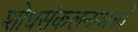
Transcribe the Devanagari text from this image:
शोधसंकलनामध्ये